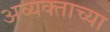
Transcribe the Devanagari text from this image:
अव्यक्ताच्या